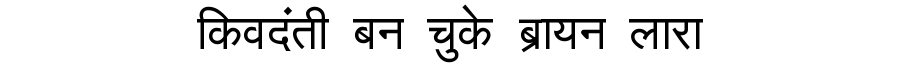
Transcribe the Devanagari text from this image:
किवदंती बन चुके ब्रायन लारा